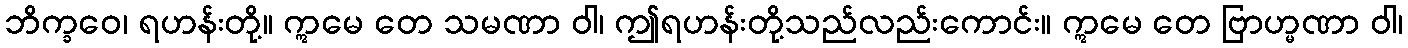
ဘိက္ခဝေ၊ ရဟန်းတို့။ ဣမေ တေ သမဏာ ဝါ၊ ဤရဟန်းတို့သည်လည်းကောင်း။ ဣမေ တေ ဗြာဟ္မဏာ ဝါ၊